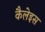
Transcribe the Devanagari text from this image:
कैलेइस